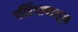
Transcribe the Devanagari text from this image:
पर्शियापासून